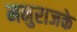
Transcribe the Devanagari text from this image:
मनुराजके